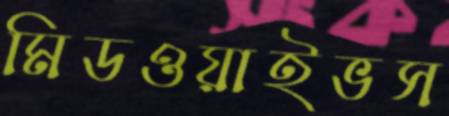
মিডওয়াইভস